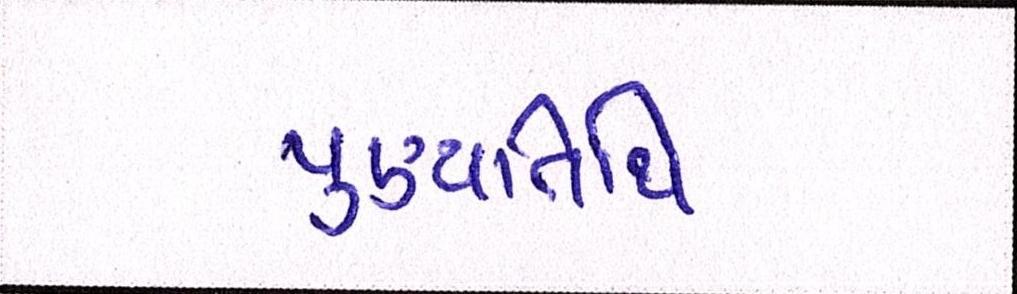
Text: પુણ્યતિથિ